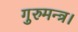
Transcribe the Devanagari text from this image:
गुरुमन्त्र।